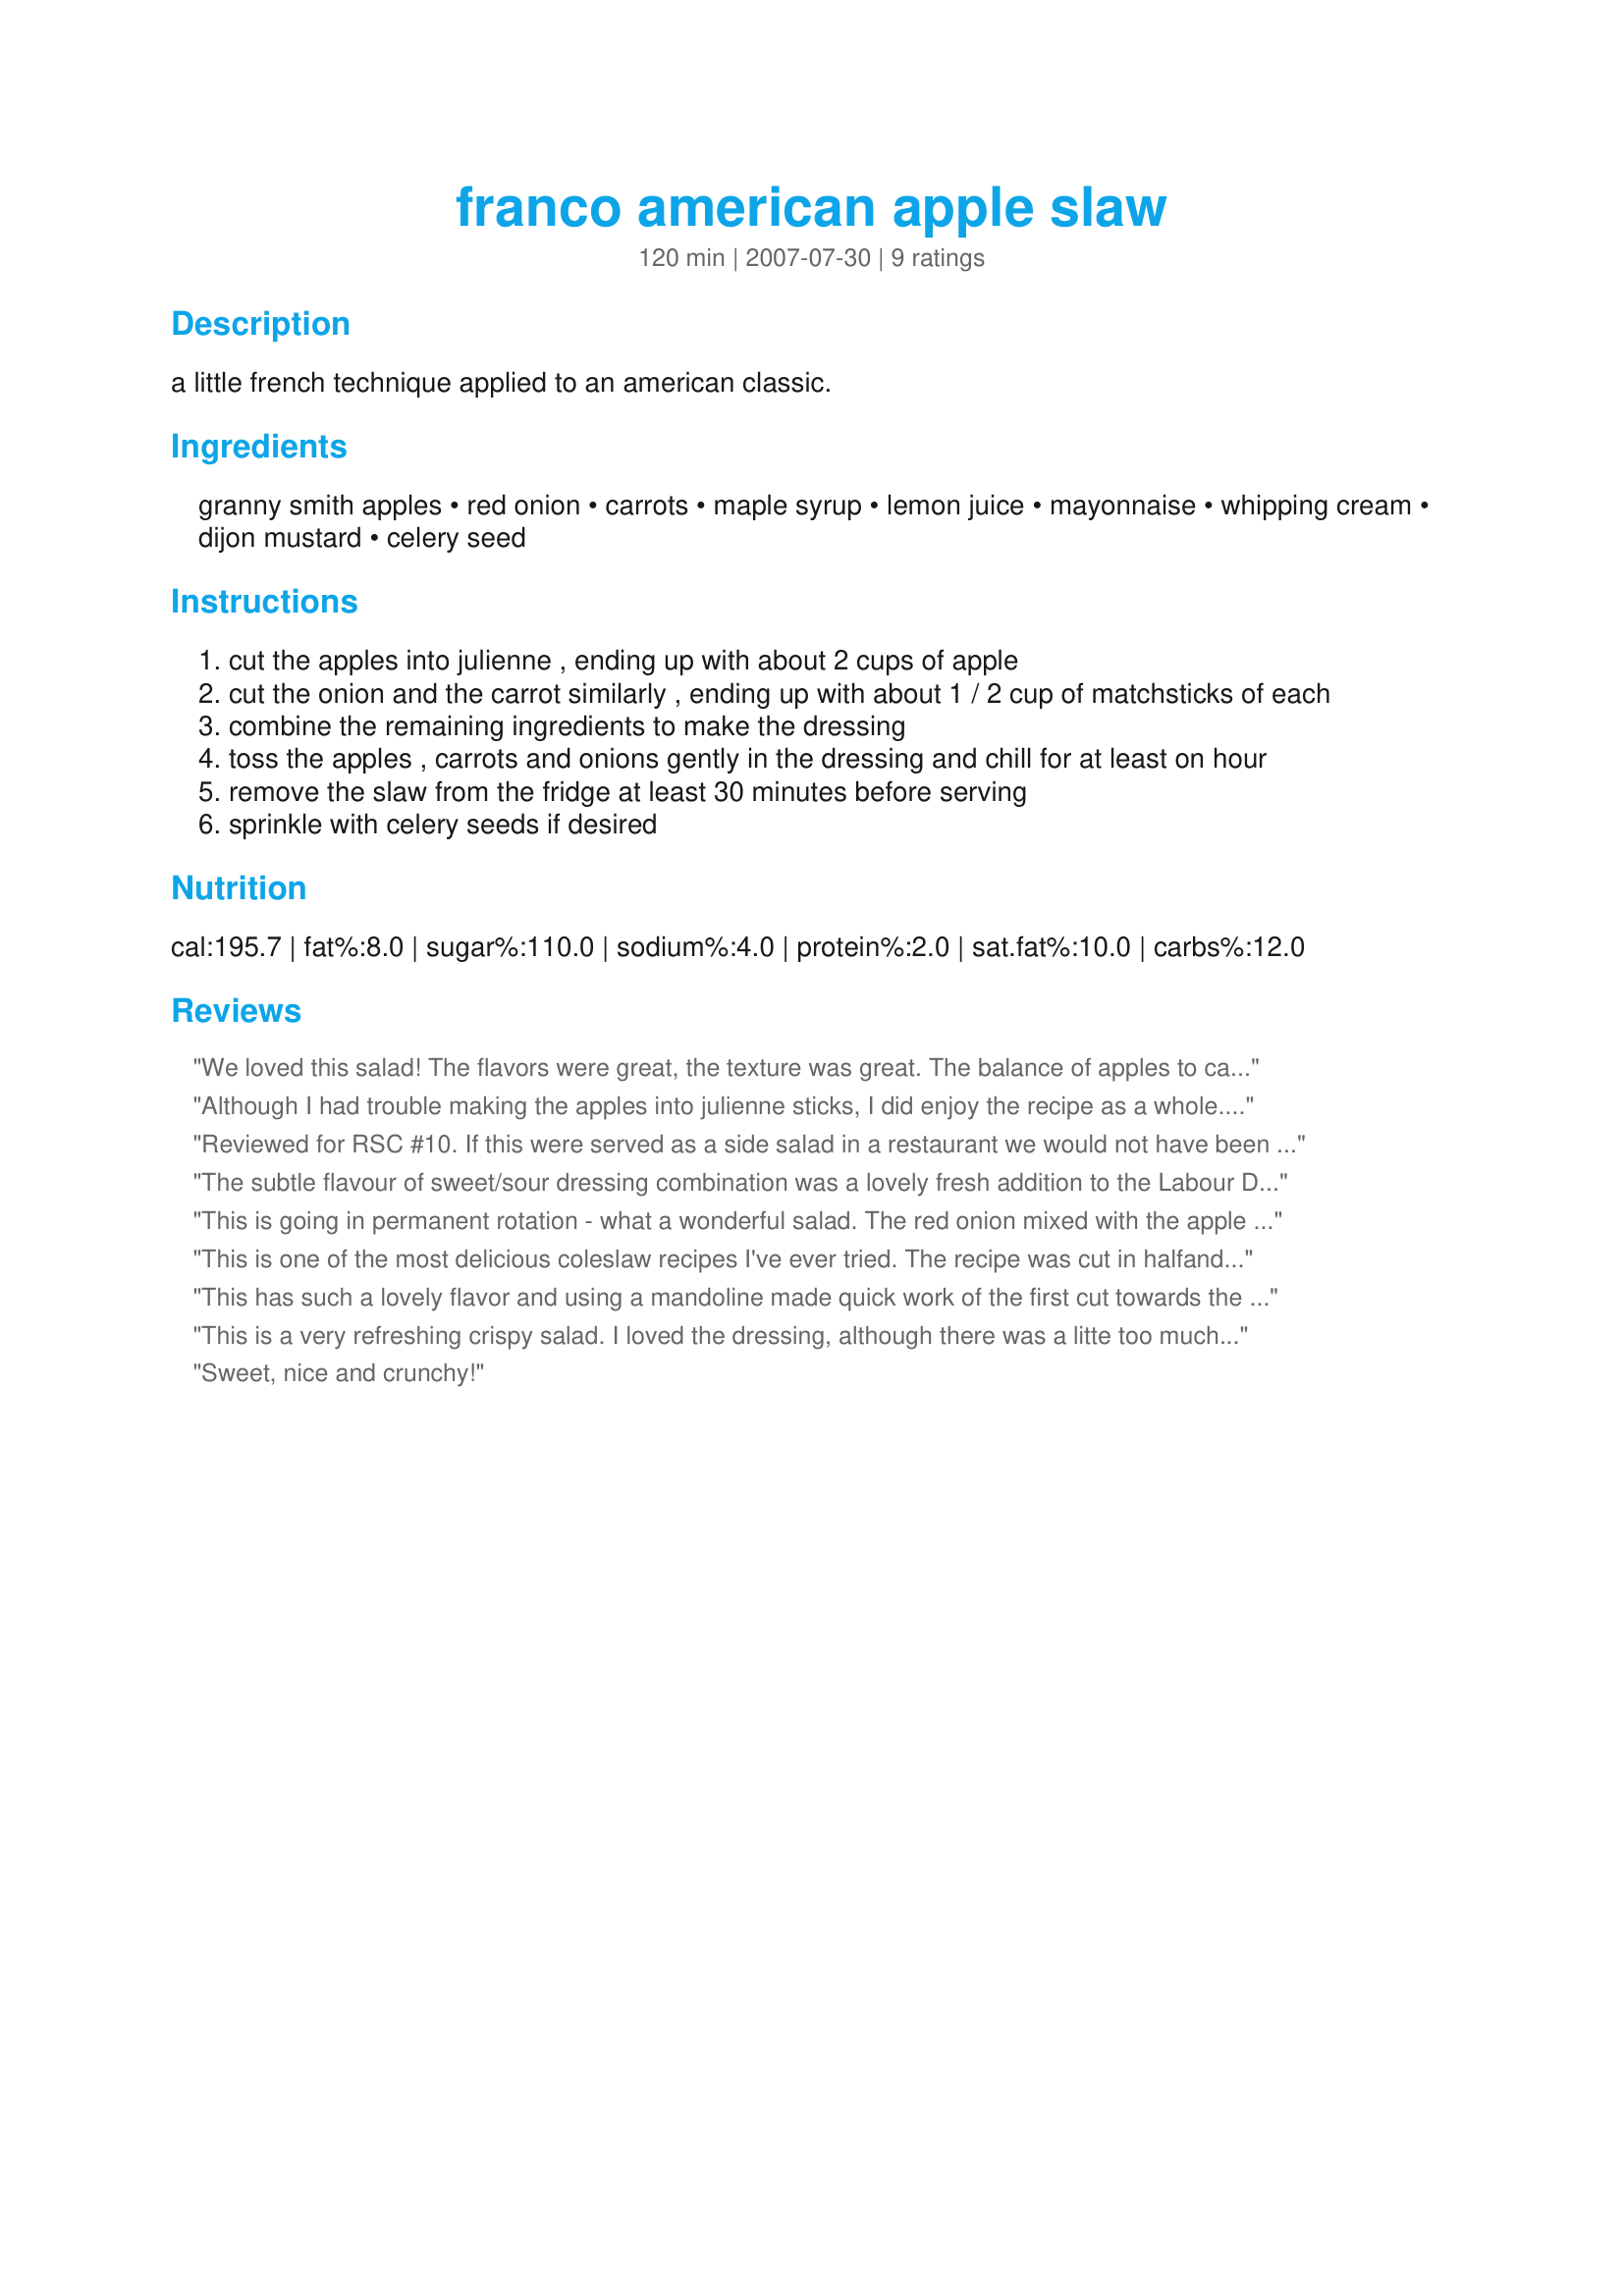
franco american apple slaw
Preparation time: 120 minutes

a little french technique applied to an american classic.

Ingredients:
granny smith apples, red onion, carrots, maple syrup, lemon juice, mayonnaise, whipping cream, dijon mustard, celery seed

Steps:
cut the apples into julienne , ending up with about 2 cups of apple
cut the onion and the carrot similarly , ending up with about 1 / 2 cup of matchsticks of each
combine the remaining ingredients to make the dressing
toss the apples , carrots and onions gently in the dressing and chill for at least on hour
remove the slaw from the fridge at least 30 minutes before serving
sprinkle with celery seeds if desired

Reviews:
We loved this salad! The flavors were great, the texture was great. The balance of apples to carrots to dressing was a little off; I only used 3 apples & made a bit extra dressing. Delicious! Good luck!
Although I had trouble making the apples into julienne sticks, I did enjoy the recipe as a whole. Even though celery seeds were optional i left them out and really liked the recipe as a whole. Since I did not try this a second time I am unsure of whether the celery seeds would make a difference or not.
Reviewed for RSC #10. If this were served as a side salad in a restaurant we would not have been able to guess the "mystery ingredient" -- maple flavoured syrup -- and we'd have been mightily impressed by it! A great salad, cool and refreshing: I'll make this again. I did not have sesame seeds, and used a sprinkle of fennel seeds on top, which didn't seem to do any harm. I have an idea that grapes would also fit well into this combo.

The 5th star is not there for, maybe, very subjective reasons. The salad would have been easier to eat if the apple and carrot had been cut into small cubes or smaller pieces (although the julienne strips looked very attractive). Also, I made the dressing first, then started on the julienne strips. As the pile of salad grew, I glanced at the dressing and realised that if I used all 4 apples there would not be enough dressing. So I used only 2 apples, and the dressing only just coated the ingredients (as it should). Maybe my carrots were too large?

Keep this salad in mind when you next grill meats outside: it will be perfect! Delicious, dear cook! Thanks, and good luck!
The subtle flavour of sweet/sour dressing combination was a lovely fresh addition to the Labour Day barbeque. 

I made sufficient to keep body and soul together during the day on Sunday; noshed on it all day and liked it so much, repeated the recipe to share with my friends on Labour Day... Of course for the barbeque group, I doubled the recipe to have enough of a good thing for all to enjoy. Can I give it 10 stars,(five stars twice) because I made your recipe twice? Well done.
This is going in permanent rotation - what a wonderful salad. The red onion mixed with the apple and carrots gives a beautiful snap to the taste - and the dressing is light and flavorful! thanks for a winner!!! Made for PAC Spring 2009!
This is one of the most delicious coleslaw recipes I've ever tried. The recipe was cut in half<br/>and I added 1 cup of shredded cabbage and two varieties of apples: Granny Smith and Pink Lady. The optional celery seed was used and I wouldn't omit it. Good quality maple syrup is very important. Reviewed for Veg Tag/November.
This has such a lovely flavor and using a mandoline made quick work of the first cut towards the julienne strips. I loved the crispness of the salad and thought there was enough to lightly coat the ingredients. I did use the optional celery seeds. Thank you for wonderful salad option during RSC #10.
This is a very refreshing crispy salad. I loved the dressing, although there was a litte too much of it for my liking, but since it was pretty runny there was just a lot left in the bowl. It definietly worked exceptionally well with the salad ingredients. Good luck in RSC #10!
Sweet, nice and crunchy!
